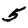
Digit: 5